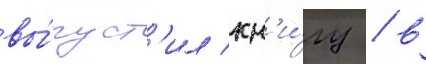
вы́пуст'ил кн'и́гу / в